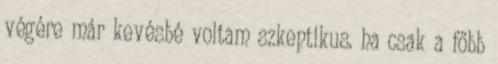
végére már kevésbé voltam szkeptikus. ha csak a főbb